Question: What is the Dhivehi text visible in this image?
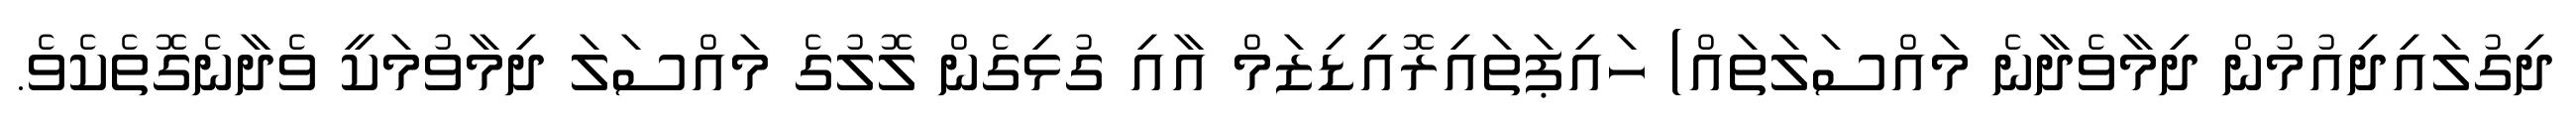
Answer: ދިގުލައިދިއުމުން ދިމާވެދާނެ މައްސަލަތައް) ހައިޕަތައިރޮއިޑިޒަމް އާއި ގުޅިގެން ލޮލުގެ މައްސަލަ ދިމާވުމަކީ ވެދާނެގޮތެކެވެ.